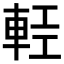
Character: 𨋷